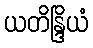
ယတိန္ဒြိယံ